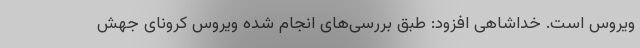
ویروس است. خداشاهی افزود: طبق بررسی‌های انجام شده ویروس کرونای جهش